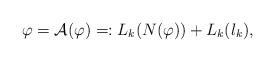
LaTeX: \begin{align*}\varphi=\mathcal{A}(\varphi)=:L_{k}(N(\varphi))+L_{k}(l_{k}),\end{align*}